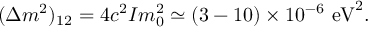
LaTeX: ( \Delta m ^ { 2 } ) _ { 1 2 } = 4 c ^ { 2 } I m _ { 0 } ^ { 2 } \simeq ( 3 - 1 0 ) \times 1 0 ^ { - 6 } ~ \mathrm { e V } ^ { 2 } .